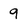
Character: 9